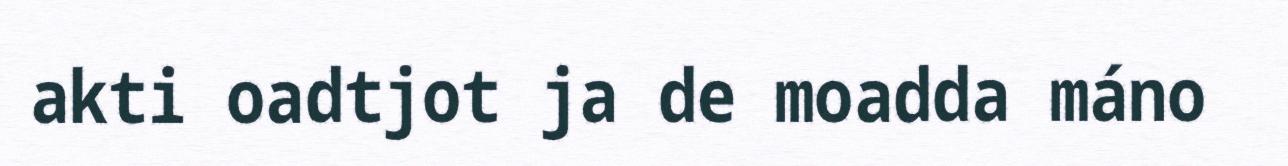
akti oadtjot ja de moadda máno